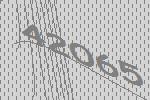
42065